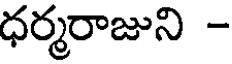
ధర్మరాజుని -